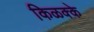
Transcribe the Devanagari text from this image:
किळक्के